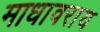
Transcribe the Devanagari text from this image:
माधावराय